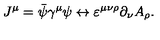
J ^ { \mu } = \bar { \psi } \gamma ^ { \mu } \psi \leftrightarrow \varepsilon ^ { \mu \nu \rho } \partial _ { \nu } A _ { \rho } .